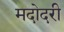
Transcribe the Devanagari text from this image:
मदोदरी